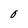
Character: 0